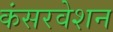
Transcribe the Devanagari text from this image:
कंसरवेशन